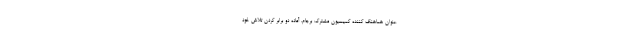
عنوان هماهنگ کننده کمیسیون مشترک برجام، آماده دو برابر کردن تلاش خود